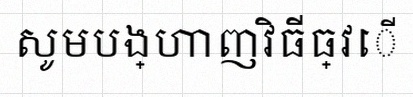
សូមបង្ហាញវិធីធ្វើ